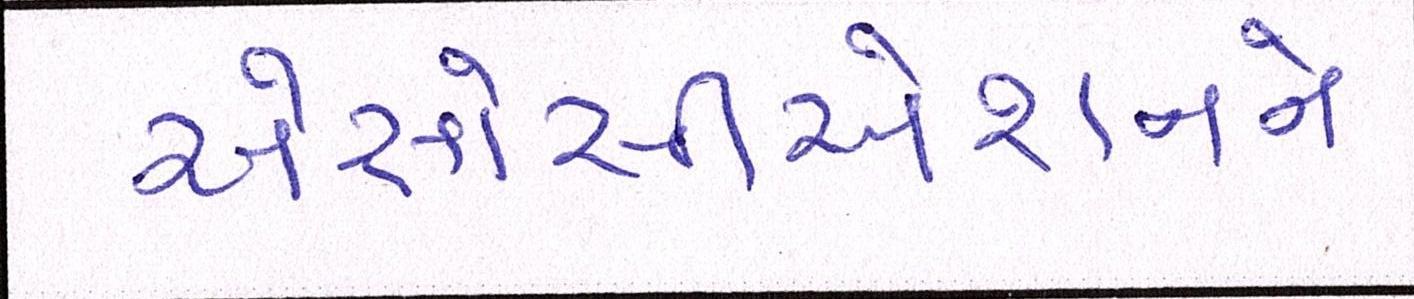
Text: એસોસીએશનને